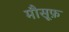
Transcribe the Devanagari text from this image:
मौसूफ़